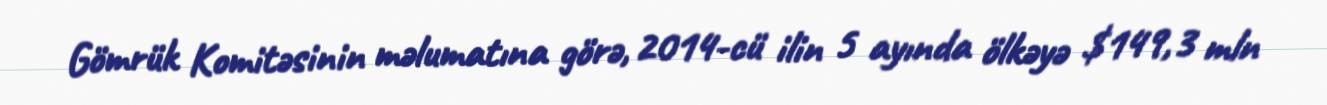
Gömrük Komitəsinin məlumatına görə, 2014-cü ilin 5 ayında ölkəyə $149,3 mln